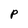
Character: P